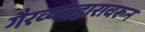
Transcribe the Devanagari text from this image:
गैरव्यवहारावरून